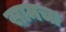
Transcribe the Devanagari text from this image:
सामचा